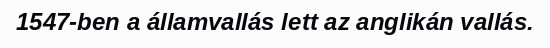
1547-ben a államvallás lett az anglikán vallás.